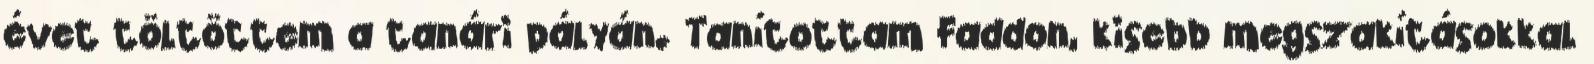
évet töltöttem a tanári pályán. Tanítottam Faddon, kisebb megszakításokkal